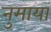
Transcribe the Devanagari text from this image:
नुमायां